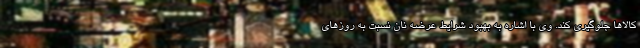
کالاها جلوگیری کند. وی با اشاره به بهبود شرایط عرضه نان نسبت به روزهای